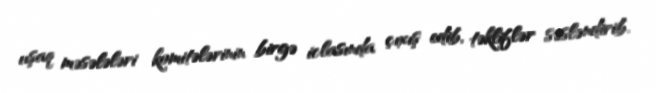
uşaq məsələləri komitələrinin birgə iclasında çıxış edib, təkliflər səsləndirib.